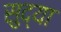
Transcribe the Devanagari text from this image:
सुद्या